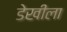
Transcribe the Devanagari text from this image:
डेखीला